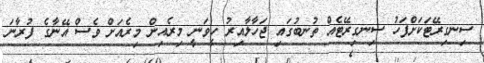
ސިނގިރޭޓަކަށްފަހު ސިނގިރޭޓެއް ތުނބުގައި ޖަހާލާއިރު ހީވަނީ މިރެއިން މިރެއަށް ވެސް އޭނާގެ ފުރާނަ